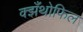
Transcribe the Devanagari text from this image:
क्झँथोफिल